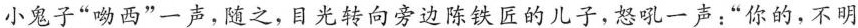
小鬼子“呦西”一声,随之,目光转向旁边陈铁匠的儿子,怒吼一声:“你的,不明